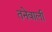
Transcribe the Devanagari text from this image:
तनेवाली